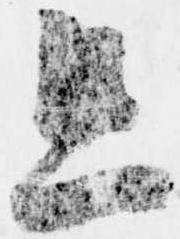
且